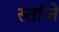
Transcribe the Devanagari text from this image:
स्तांजे